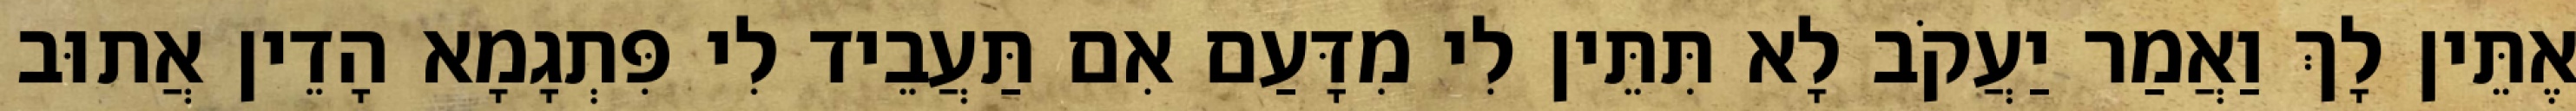
אֶתֵּין לָךְ וַאֲמַר יַעֲקֹב לָא תִּתֵּין לִי מִדָּעַם אִם תַּעֲבֵיד לִי פִּתְגָמָא הָדֵין אֲתוּב